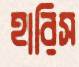
হারিস